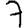
Digit: 7